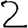
Digit: 2